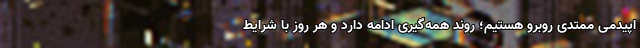
اپیدمی ممتدی روبرو هستیم؛ روند همه‌گیری ادامه دارد و هر روز با شرایط